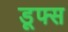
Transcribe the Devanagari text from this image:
डूफ्स